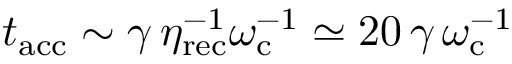
t _ { \mathrm { a c c } } \sim \gamma \, \eta _ { \mathrm { r e c } } ^ { - 1 } \omega _ { \mathrm { c } } ^ { - 1 } \simeq 2 0 \, \gamma \, \omega _ { \mathrm { c } } ^ { - 1 }